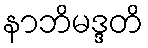
နာဘိမဒ္ဒတိ